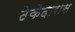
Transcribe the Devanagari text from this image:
ठेकेदारास